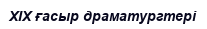
XIX ғасыр драматургтері